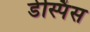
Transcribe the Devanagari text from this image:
डेस्पिंस